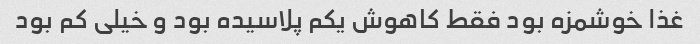
غذا خوشمزه بود فقط کاهوش یکم پلاسیده بود و خیلی کم بود